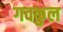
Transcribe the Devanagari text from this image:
गवकुल